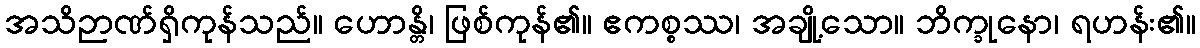
အသိဉာဏ်ရှိကုန်သည်။ ဟောန္တိ၊ ဖြစ်ကုန်၏။ ဧကစ္စဿ၊ အချို့သော။ ဘိက္ခုနော၊ ရဟန်း၏။